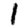
Digit: 1